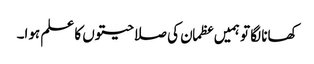
کھانا لگا تو ہمیں عظمان کی صلاحیتوں کا علم ہوا۔